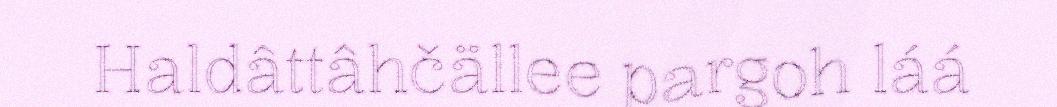
Haldâttâhčällee pargoh láá